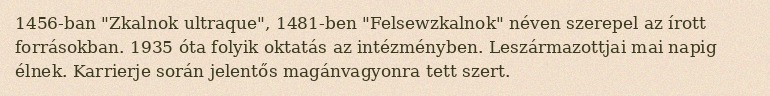
1456-ban "Zkalnok ultraque", 1481-ben "Felsewzkalnok" néven szerepel az írott forrásokban. 1935 óta folyik oktatás az intézményben. Leszármazottjai mai napig élnek. Karrierje során jelentős magánvagyonra tett szert.